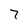
Character: 7